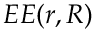
E E ( r , R )